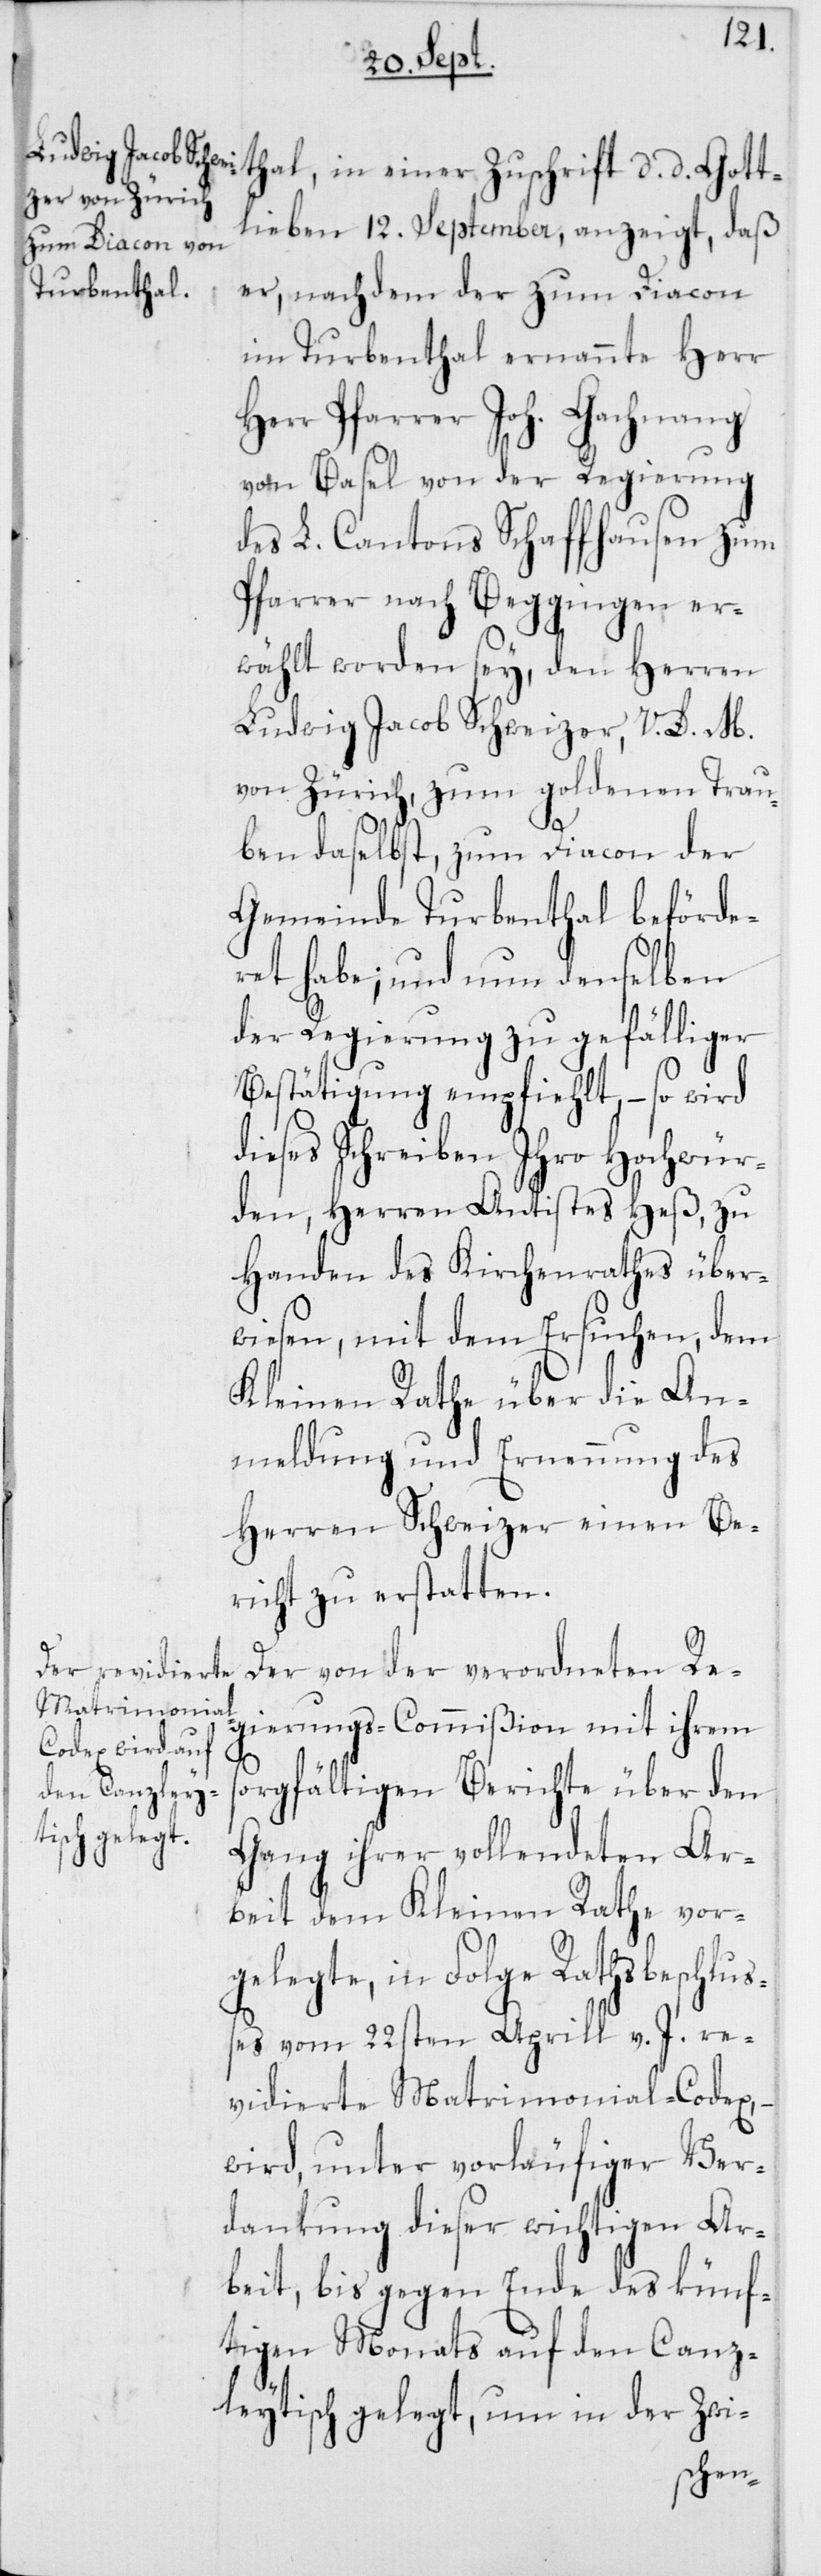
thal, in einer Zuschrift d. d. Gott¬
lieben 12. September, anzeigt, daß
er, nachdem der zum Diacon
im Turbenthal ernannte Herr
Pfarrer Joh. Gachnang
von Basel von der Regierung
des L. Cantons Schaffhausen zum
Pfarrer nach Beggingen er¬
wählt worden sey, den Herren
Ludwig Jacob Schweizer, V. D. M.
von Zürich, zum goldenen Trau¬
ben daselbst, zum Diacon der
Gemeinde Turbenthal beförder¬
et habe; und nun denselben
der Regierung zu gefälliger
Bestätigung empfiehlt, – so wird
dieses Schreiben Ihro Hochwür¬
den, Herren Antistes Heß, zu
Handen des Kirchenrathes über¬
wiesen, mit dem Ersuchen, dem
Kleinen Rathe über die An¬
meldung und Ernennung des
Herren Schweizer einen Be¬
richt zu erstatten.
Der von der verordneten Re¬
gierungs-Commißion mit ihrem
s¬
orgfältigen Berichte über den
Gang ihrer vollendeten Ar¬
beit dem Kleinen Rathe vor¬
gelegte, in Folge Rathsbeschlus¬
ses vom 22sten Aprill v. J. re¬
vidierte Matrimonial-Codex, –
wird, unter vorläufiger Ver¬
dankung dieser wichtigen Ar¬
beit, bis gegen Ende des künf¬
tigen Monats auf den Canz¬
leytisch gelegt, um in der Zwi-